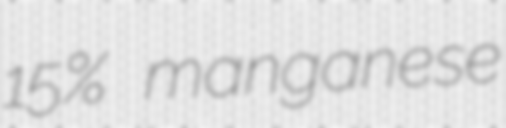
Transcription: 15% manganese